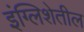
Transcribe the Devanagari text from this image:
इंग्लिशेतील